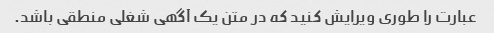
عبارت را طوری ویرایش کنید که در متن یک آگهی شغلی منطقی باشد.